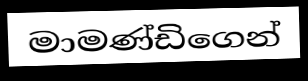
මාමණ්ඩිගෙන්